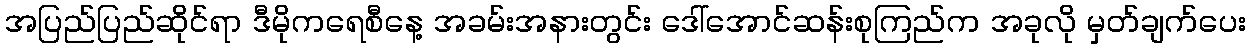
အပြည်ပြည်ဆိုင်ရာ ဒီမိုကရေစီနေ့ အခမ်းအနားတွင်း ဒေါ်အောင်ဆန်းစုကြည်က အခုလို မှတ်ချက်ပေး